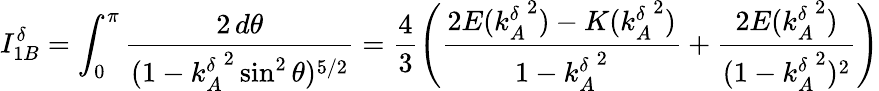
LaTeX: I_{1B}^{\delta}=\int_{0}^{\pi}\frac{2\, d\theta}{(1-{k_{A}^{\delta}}^{2}\sin^{2}\theta)^{5/2}}=\frac{4}{3}\Bigg(\frac{2E({k_{A}^{\delta}}^{2})-K({k_{A}^{\delta}}^{2})}{1-{k_{A}^{\delta}}^{2}}+\frac{2E({k_{A}^{\delta}}^{2})}{(1-{k_{A}^{\delta}}^{2})^{2}}\Bigg)